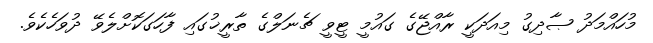
މުހައްމަދު ޞާދިގު މިއަދަކީ ރާއްޖޭގެ ގައުމީ ޓީވީ ޗެނަލްގެ ތާރީޚުގައި ފާހަގަކޮށްލެވޭ ދުވަހެކެވެ.